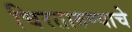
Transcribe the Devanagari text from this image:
चिरतारुण्याचे